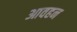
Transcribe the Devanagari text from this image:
आवहन